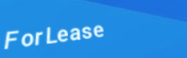
ForLease